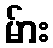
မ်ား